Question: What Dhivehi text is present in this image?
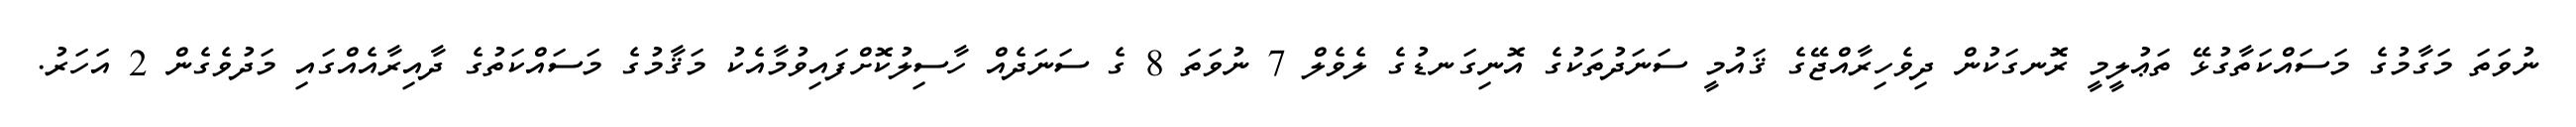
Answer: ނުވަތަ މަގާމުގެ މަސައްކަތާގުޅޭ ތަޢުލީމީ ރޮނގަކުން ދިވެހިރާއްޖޭގެ ޤައުމީ ސަނަދުތަކުގެ އޮނިގަނޑުގެ ލެވެލް 7 ނުވަތަ 8 ގެ ސަނަދެއް ހާސިލުކޮށްފައިވުމާއެކު މަޤާމުގެ މަސައްކަތުގެ ދާއިރާއެއްގައި މަދުވެގެން 2 އަހަރު.